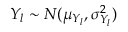
Y _ { l } \sim N ( \mu _ { Y _ { l } } , \sigma _ { Y _ { l } } ^ { 2 } )